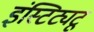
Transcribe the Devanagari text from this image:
इंस्टिट्यटू